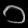
Digit: ၁